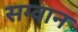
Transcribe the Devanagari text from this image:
सग्वान